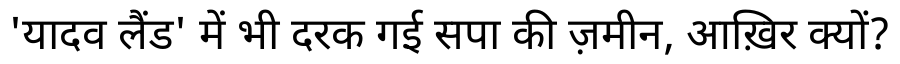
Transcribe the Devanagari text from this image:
'यादव लैंड' में भी दरक गई सपा की ज़मीन, आख़िर क्यों?